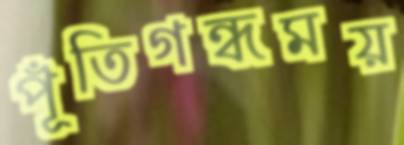
পূঁতিগন্ধময়